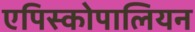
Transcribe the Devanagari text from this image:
एपिस्कोपालियन